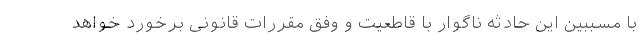
با مسببین این حادثه ناگوار با قاطعیت و وفق مقررات قانونی برخورد خواهد